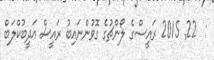
:  22